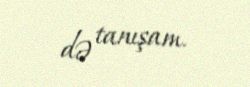
də tanışam.